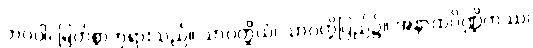
ဘဂဝါ၊ မြတ်စွာဘုရားသည်။ သာဝတ္ထိယံ၊ သာဝတ္တိပြည်၌။ အနာထပိဏ္ဍိကဿ၊